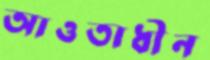
আওতাধীন